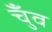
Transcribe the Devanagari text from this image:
चुँव